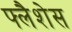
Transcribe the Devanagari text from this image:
फ्लैशेस